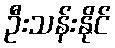
ဦးသန်းနိုင်